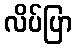
လိပ်ပြာ